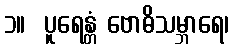
၁။  ပူရေန္တံ ဗောဓိသမ္ဘာရေ၊